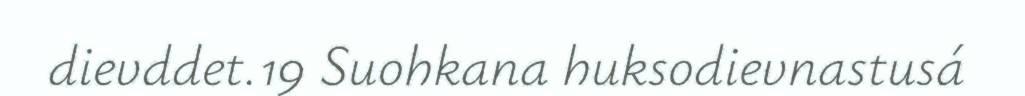
dievddet.19 Suohkana huksodievnastusá